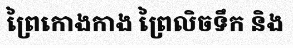
ព្រៃកោងកាង ព្រៃលិចទឹក និង